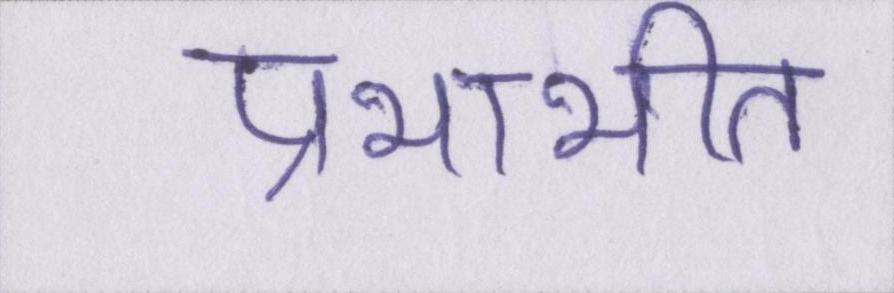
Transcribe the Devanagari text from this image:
प्रभाभीत